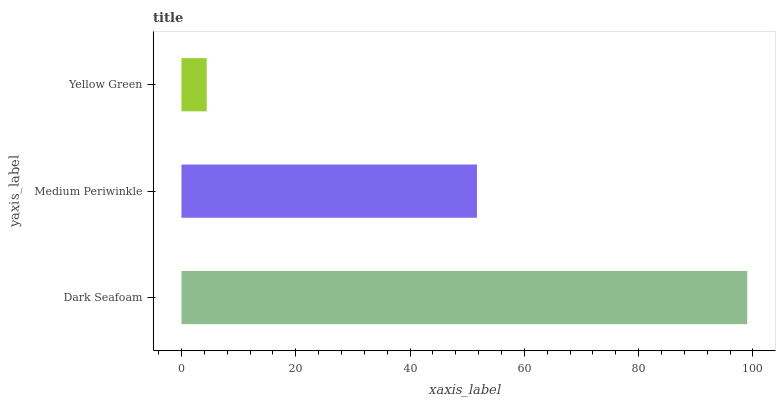
| yaxis_label | bars |
 | --- | --- |
 | Dark Seafoam | 99 |
 | Medium Periwinkle | 51.7 |
 | Yellow Green | 4.42 |